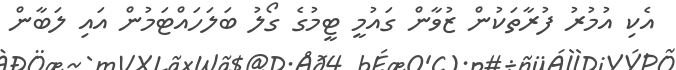
އެކި އުމުރު ފުރާތަކުން ޒުވާން ގައުމީ ޓީމުގެ ގޯލު ބަލަހައްޓަމުން އައި ލަބާން